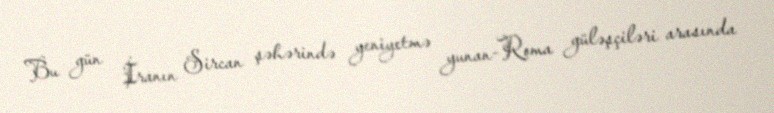
Bu gün İranın Sircan şəhərində yeniyetmə yunan-Roma güləşçiləri arasında